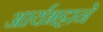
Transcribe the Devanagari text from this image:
आर्यभट्टाने